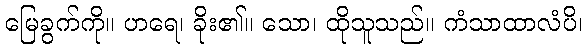
မြေခွက်ကို။ ဟရေ၊ ခိုး၏။ သော၊ ထိုသူသည်။ ကံသာထာလံပိ၊